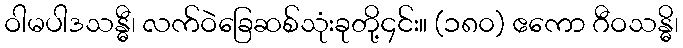
ဝါမပါဒသန္ဓီ၊ လက်ဝဲခြေဆစ်သုံးခုတို့၄င်း။ (၁၈၀) ဧကော ဂီဝသန္ဓိ၊